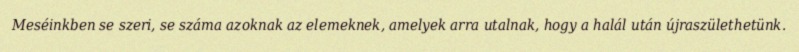
Meséinkben se szeri, se száma azoknak az elemeknek, amelyek arra utalnak, hogy a halál után újraszülethetünk.